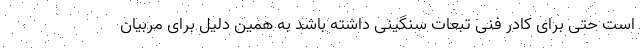
است حتی برای کادر فنی تبعات سنگینی داشته باشد به همین دلیل برای مربیان